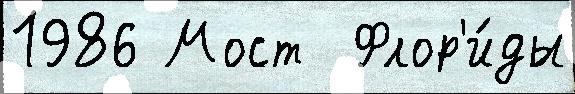
1986 Мост  Флор'и́ды